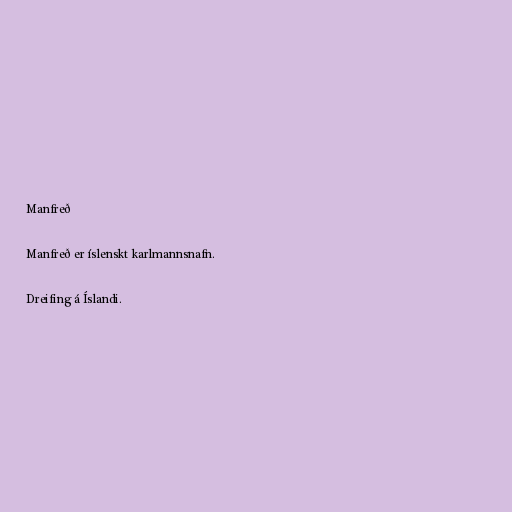
Manfreð

Manfreð er íslenskt karlmannsnafn.

Dreifing á Íslandi.